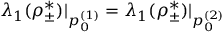
\lambda _ { 1 } ( \rho _ { \pm } ^ { * } ) \vert _ { p _ { 0 } ^ { ( 1 ) } } = \lambda _ { 1 } ( \rho _ { \pm } ^ { * } ) \vert _ { p _ { 0 } ^ { ( 2 ) } }